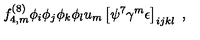
f _ { 4 , m } ^ { ( 8 ) } \phi _ { i } \phi _ { j } \phi _ { k } \phi _ { l } u _ { m } \left[ \psi ^ { 7 } \gamma ^ { m } \epsilon \right] _ { i j k l } \ ,